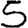
Digit: 5